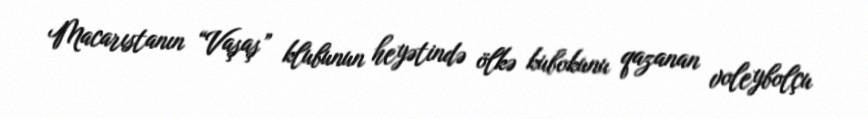
Macarıstanın “Vaşaş” klubunun heyətində ölkə kubokunu qazanan voleybolçu